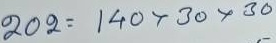
202 = 140 x 30 x 30